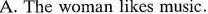
A. The woman likes music.